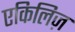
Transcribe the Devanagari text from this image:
एकिलिज़